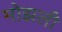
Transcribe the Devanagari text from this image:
मोझली